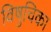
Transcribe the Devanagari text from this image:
विषुचिका